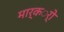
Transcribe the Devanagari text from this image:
मार्कर्ो